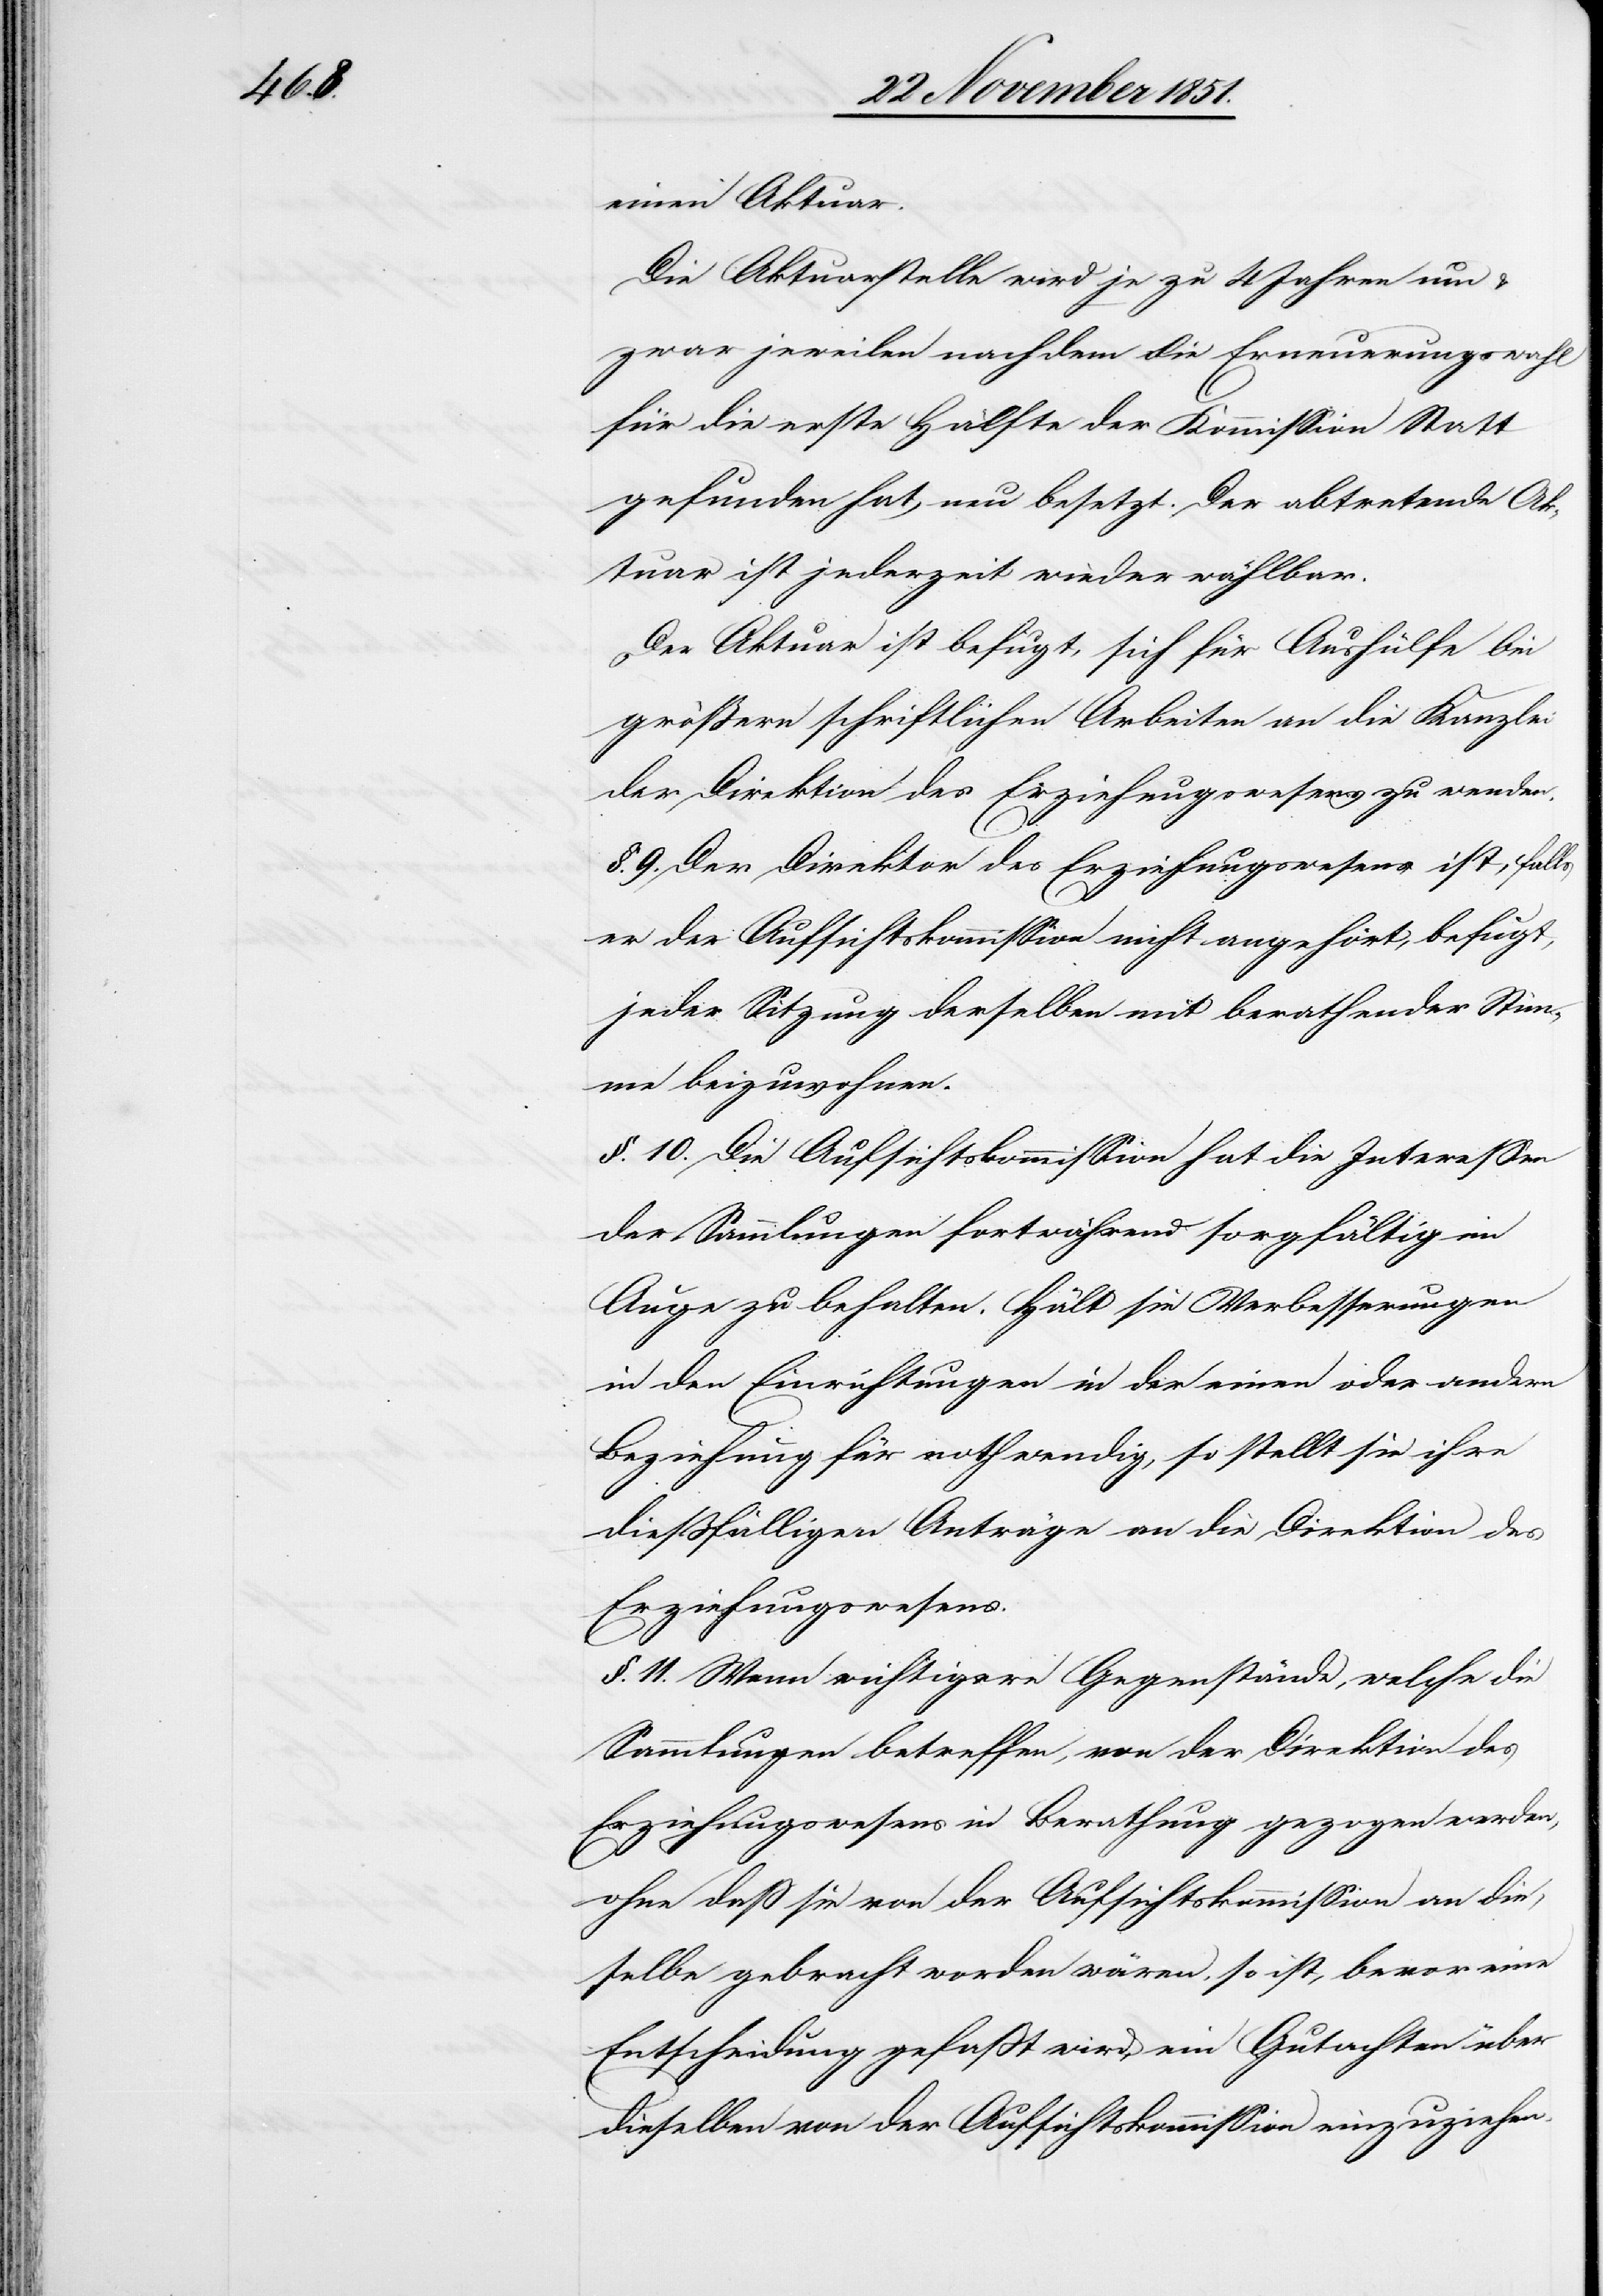
einen Aktuar.
Die Aktuarstelle wird je zu 4 Jahren um
zwar jeweilen nachdem die Erneuerungswahl
für die erste Hälfte der Kommission Statt
gefunden hat, neu besetzt. Der abtretende Ak¬
tuar ist jederzeit wieder wählbar.
Der Aktuar ist befugt, sich für Aushülfe bei
größern schriftlichen Arbeiten an die Kanzlei
der Direktion des Erziehungswesens zu wenden.
§. 9. Der Direktor des Erziehungswesens ist, falls
er der Aufsichtskommission nicht angehört, befugt,
jeder Sitzung derselben mit berathender Stim¬
me beizuwohnen.
§. 10. Die Aufsichtskommission hat die Interessen
der Sammlungen fortwährend sorgfältig im
Auge zu behalten. Hält sie Verbesserungen
in den Einrichtungen in der einen oder andern
Beziehung für nothwendig, so stellt sie ihre
dießfälligen Anträge an die Direktion des
Erziehungswesens.
§. 11. Wenn wichtigere Gegenstände, welche die
Sammlungen betreffen, von der Direktion des
Erziehungswesens in Berathung gezogen werden,
ohne daß sie von der Aufsichtskommission an die¬
selbe gebracht worden wären, so ist, bevor eine
Entscheidung gefaßt wird, ein Gutachten über
dieselben von der Aufsichtskommission einzuziehen.